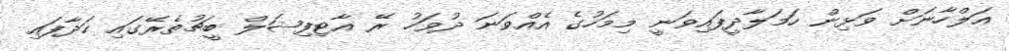
އަލްހާނަށް ވަޅިން ހަމަލާދީފައިވަނީ މިމަހުގެ އެއްވަނަ ދުވަހު ރޭ އާޓިފިޝަލް ބީޗުތެރޭގައި ހަދާފައި